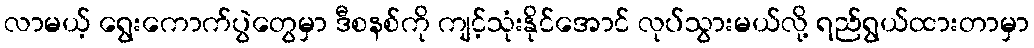
လာမယ့် ရွေးကောက်ပွဲတွေမှာ ဒီစနစ်ကို ကျင့်သုံးနိုင်အောင် လုပ်သွားမယ်လို့ ရည်ရွယ်ထားတာမှာ